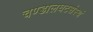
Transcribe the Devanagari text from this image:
चण्डालघटसंस्थं